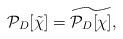
LaTeX: \begin{align*}\mathcal{P}_D[\tilde \chi]=\widetilde{\mathcal{P}_D[\chi]},\end{align*}